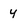
Character: 4